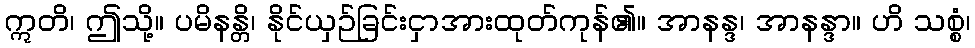
ဣတိ၊ ဤသို့။ ပမိနန္တိ၊ နိုင်ယှဉ်ခြင်းငှာအားထုတ်ကုန်၏။ အာနန္ဒ၊ အာနန္ဒာ။ ဟိ သစ္စံ၊